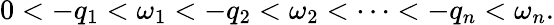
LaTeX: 0<-q_{1}<\omega_{1}<-q_{2}<\omega_{2}<\cdots<-q_{n}<\omega_{n}.